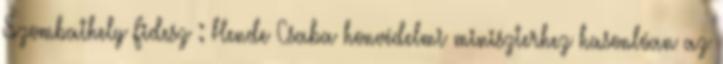
Szombathely Fidesz : Hende Csaba honvédelmi miniszterhez hasonlóan az